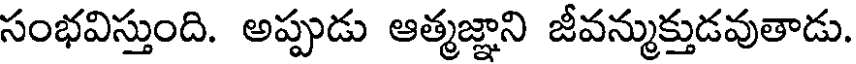
సంభవిస్తుంది. అప్పుడు ఆత్మజ్ఞాని జీవన్ముక్తుడవుతాడు.